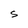
Character: O